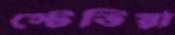
স্টেডিয়া